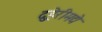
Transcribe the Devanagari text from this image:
दुहेरीमद्ये